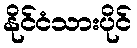
နိုင်ငံသားပိုင်